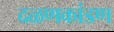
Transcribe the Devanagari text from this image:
दळणकांडण